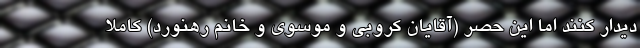
دیدار کنند اما این حصر (آقایان کروبی و موسوی و خانم رهنورد) کاملاً